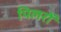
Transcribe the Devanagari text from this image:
पिलरों